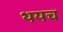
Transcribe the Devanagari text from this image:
थयच